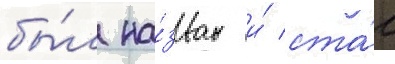
бы́л на́зван и́ ста́л